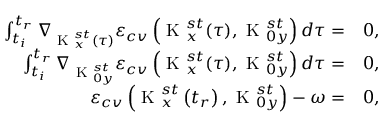
\begin{array} { r l } { \int _ { t _ { i } } ^ { t _ { r } } \nabla _ { \textrm { K } _ { x } ^ { s t } ( \tau ) } \varepsilon _ { c v } \left( \textrm { K } _ { x } ^ { s t } ( \tau ) , \textrm { K } _ { 0 y } ^ { s t } \right) d \tau = } & { 0 , } \\ { \int _ { t _ { i } } ^ { t _ { r } } \nabla _ { \textrm { K } _ { 0 y } ^ { s t } } \varepsilon _ { c v } \left( \textrm { K } _ { x } ^ { s t } ( \tau ) , \textrm { K } _ { 0 y } ^ { s t } \right) d \tau = } & { 0 , } \\ { \varepsilon _ { c v } \left( \textrm { K } _ { x } ^ { s t } \left( t _ { r } \right) , \textrm { K } _ { 0 y } ^ { s t } \right) - \omega = } & { 0 , } \end{array}